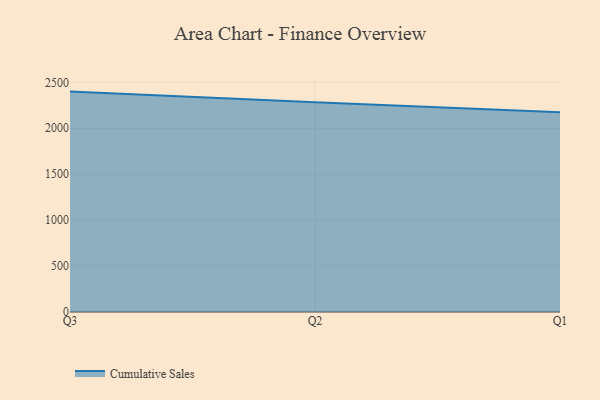
{"axis": {"x": "Quarter", "y": "Revenue (USD Million)"}, "legend": ["Cumulative Sales"], "data": [{"x": "Q3", "y": 2399.1, "type": "Cumulative Sales"}, {"x": "Q2", "y": 2282.3, "type": "Cumulative Sales"}, {"x": "Q1", "y": 2175.0, "type": "Cumulative Sales"}]}